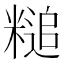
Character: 䊚